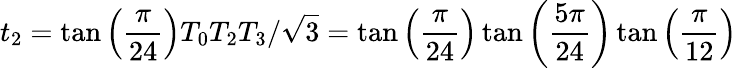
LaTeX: t_{2}=\tan\left(\frac{\pi}{24}\right)T_{0}T_{2}T_{3}/\sqrt{3}=\tan\left(\frac{\pi}{24}\right)\tan\left(\frac{5\pi}{24}\right)\tan\left(\frac{\pi}{12}\right)